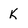
Character: K